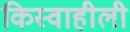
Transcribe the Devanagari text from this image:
किस्वाहीली